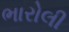
ભારોલી